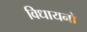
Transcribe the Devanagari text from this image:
विधायनों